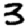
Digit: 3